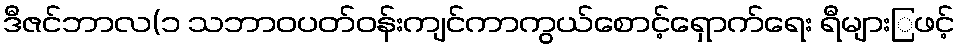
ဒီဇင်ဘာလ(၁ သဘာဝပတ်ဝန်းကျင်ကာကွယ်စောင့်ရှောက်ရေး ရီများြဖင့်